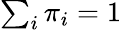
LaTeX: \textstyle\sum_{i}\pi_{i}=1